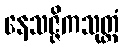
နေသဇ္ဇိကသုတ္တံ